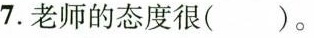
7.老师的态度很()。